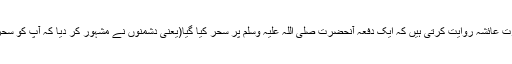
اس طرح اس روایت کا ترجمہ یہ بنتا ہے کہ حضرت عائشہؓ روایت کرتی ہیں کہ ایک دفعہ آنحضرت صلی اللہ علیہ وسلم پر سحر کیا گیا(یعنی دشمنوں نے مشہور کر دیا کہ آپؐ کو سحر کر دیا گیا ہے) حضرت عائشہؓ نے خود نہیں کہا۔